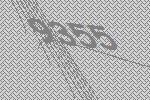
9355